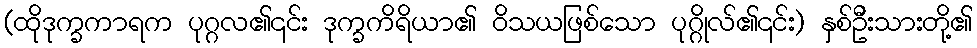
(ထိုဒုက္ခကာရက ပုဂ္ဂလ၏၎င်း ဒုက္ခကိရိယာ၏ ဝိသယဖြစ်သော ပုဂ္ဂိုလ်၏၎င်း) နှစ်ဦးသားတို့၏